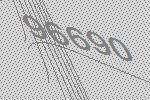
96690